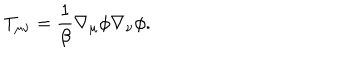
T _ { \mu \nu } = \frac { 1 } { \beta } \nabla _ { \mu } \phi \nabla _ { \nu } \phi .